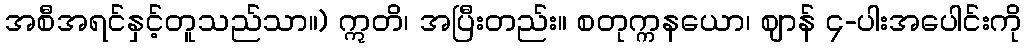
အစီအရင်နှင့်တူသည်သာ။) ဣတိ၊ အပြီးတည်း။ စတုက္ကနယော၊ ဈာန် ၄-ပါးအပေါင်းကို